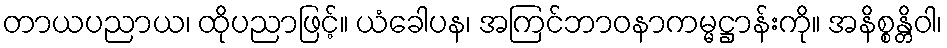
တာယပညာယ၊ ထိုပညာဖြင့်။ ယံခေါပန၊ အကြင်ဘာဝနာကမ္မဋ္ဌာန်းကို။ အနိစ္စန္တိဝါ၊